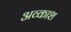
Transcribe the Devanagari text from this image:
अव्काश